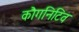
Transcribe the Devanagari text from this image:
कौगनिटिव